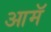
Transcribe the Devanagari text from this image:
आमॅ